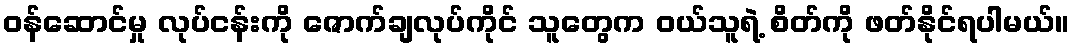
ဝန်ဆောင်မှု လုပ်ငန်းကို ဇောက်ချလုပ်ကိုင် သူတွေက ဝယ်သူရဲ့ စိတ်ကို ဖတ်နိုင်ရပါမယ်။